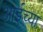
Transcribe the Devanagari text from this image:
आईच्‍या